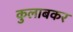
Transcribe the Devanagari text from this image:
कुलाबकर